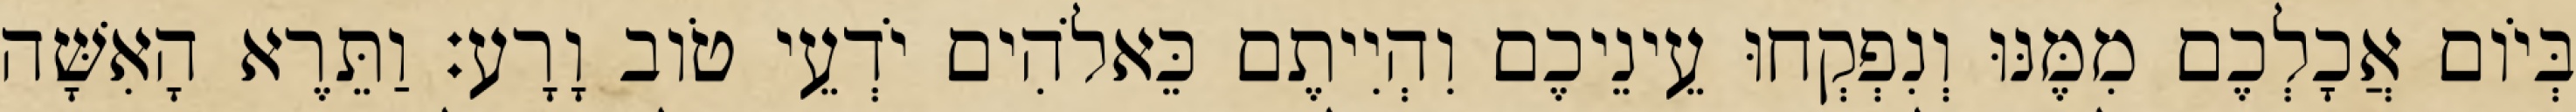
בְּיֹום אֲכָלְכֶם מִמֶּנּוּ וְנִפְקְחוּ עֵינֵיכֶם וִהְיִיתֶם כֵּאלֹהִים יֹדְעֵי טֹוב וָרָע׃ וַתֵּרֶא הָאִשָּׁה